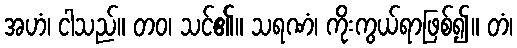
အဟံ၊ ငါသည်။ တဝ၊ သင်၏။ သရဏံ၊ ကိုးကွယ်ရာဖြစ်၍။ တံ၊